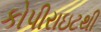
કોપીરાઇટથી